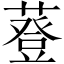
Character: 䔲